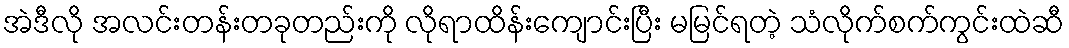
အဲဒီလို အလင်းတန်းတခုတည်းကို လိုရာထိန်းကျောင်းပြီး မမြင်ရတဲ့ သံလိုက်စက်ကွင်းထဲဆီ